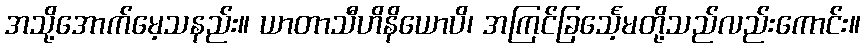
အသို့အောက်မေ့သနည်း။ ယာတာသီဟိနိယောပိ၊ အကြင်ခြင်္သေ့မတို့သည်လည်းကောင်း။